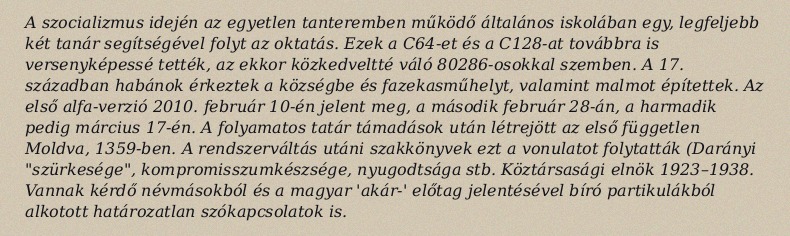
A szocializmus idején az egyetlen tanteremben működő általános iskolában egy, legfeljebb két tanár segítségével folyt az oktatás. Ezek a C64-et és a C128-at továbbra is versenyképessé tették, az ekkor közkedveltté váló 80286-osokkal szemben. A 17. században habánok érkeztek a községbe és fazekasműhelyt, valamint malmot építettek. Az első alfa-verzió 2010. február 10-én jelent meg, a második február 28-án, a harmadik pedig március 17-én. A folyamatos tatár támadások után létrejött az első független Moldva, 1359-ben. A rendszerváltás utáni szakkönyvek ezt a vonulatot folytatták (Darányi "szürkesége", kompromisszumkészsége, nyugodtsága stb. Köztársasági elnök 1923–1938. Vannak kérdő névmásokból és a magyar 'akár-' előtag jelentésével bíró partikulákból alkotott határozatlan szókapcsolatok is.